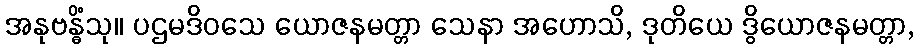
အနုဗန္ဓိံသု။ ပဌမဒိဝသေ ယောဇနမတ္တာ သေနာ အဟောသိ, ဒုတိယေ ဒွိယောဇနမတ္တာ,